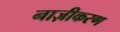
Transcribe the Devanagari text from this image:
नाज़ीकरण